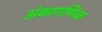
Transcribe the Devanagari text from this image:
अंकागणिक